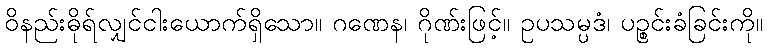
ဝိနည်းဓိုရ်လျှင်ငါးယောက်ရှိသော။ ဂဏေန၊ ဂိုဏ်းဖြင့်။ ဥပသမ္ပဒံ၊ ပဉ္စင်းခံခြင်းကို။